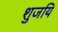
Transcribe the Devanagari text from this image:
शुजयि